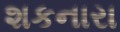
શકનારા